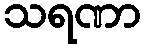
သရဏာ